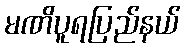
မဏိပူရပြည်နယ်